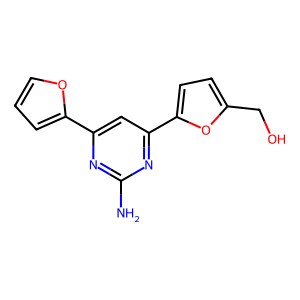
SMILES: Nc1nc(-c2ccco2)cc(-c2ccc(CO)o2)n1
Inhibits HIV replication: No